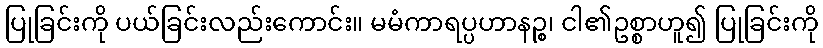
ပြုခြင်းကို ပယ်ခြင်းလည်းကောင်း။ မမံကာရပ္ပဟာနဉ္စ၊ ငါ၏ဥစ္စာဟူ၍ ပြုခြင်းကို